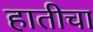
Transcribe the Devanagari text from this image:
हातीचा